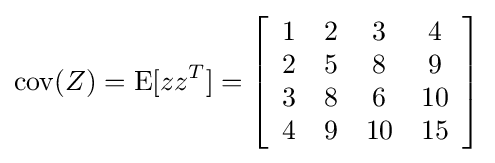
\operatorname {cov} (Z)=\operatorname {E} [zz^{T}]=\left[{\begin{array}{cccc}1&2&3&4\\2&5&8&9\\3&8&6&10\\4&9&10&15\end{array}}\right]